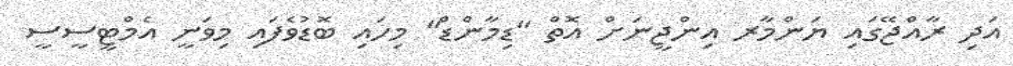
އަދި ރާއްޖޭގައި ޔަންމާރ އިންޖީނަށް އޮތް "ޑިމާންޑް" މިހައި ބޮޑުވެފައި މިވަނީ އެމްޓީސީސީ